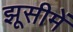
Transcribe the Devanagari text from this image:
झूसीमें